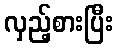
လှည့်စားပြီး